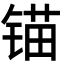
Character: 锚